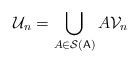
LaTeX: \begin{align*} \mathcal{U}_n =\bigcup_{A \in \mathcal{S}(\mathsf{A})} A\mathcal{V}_n\end{align*}